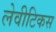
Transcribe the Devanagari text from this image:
लेवीटिकस